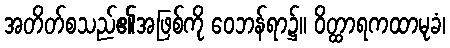
အတိတ်စသည်၏အဖြစ်ကို ဝေဘန်ရာ၌။ ဝိတ္ထာရကထာမုခံ၊